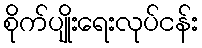
စိုက်ပျိုးရေးလုပ်ငန်း